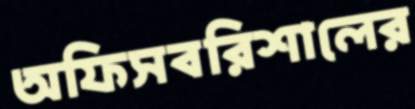
অফিসবরিশালের